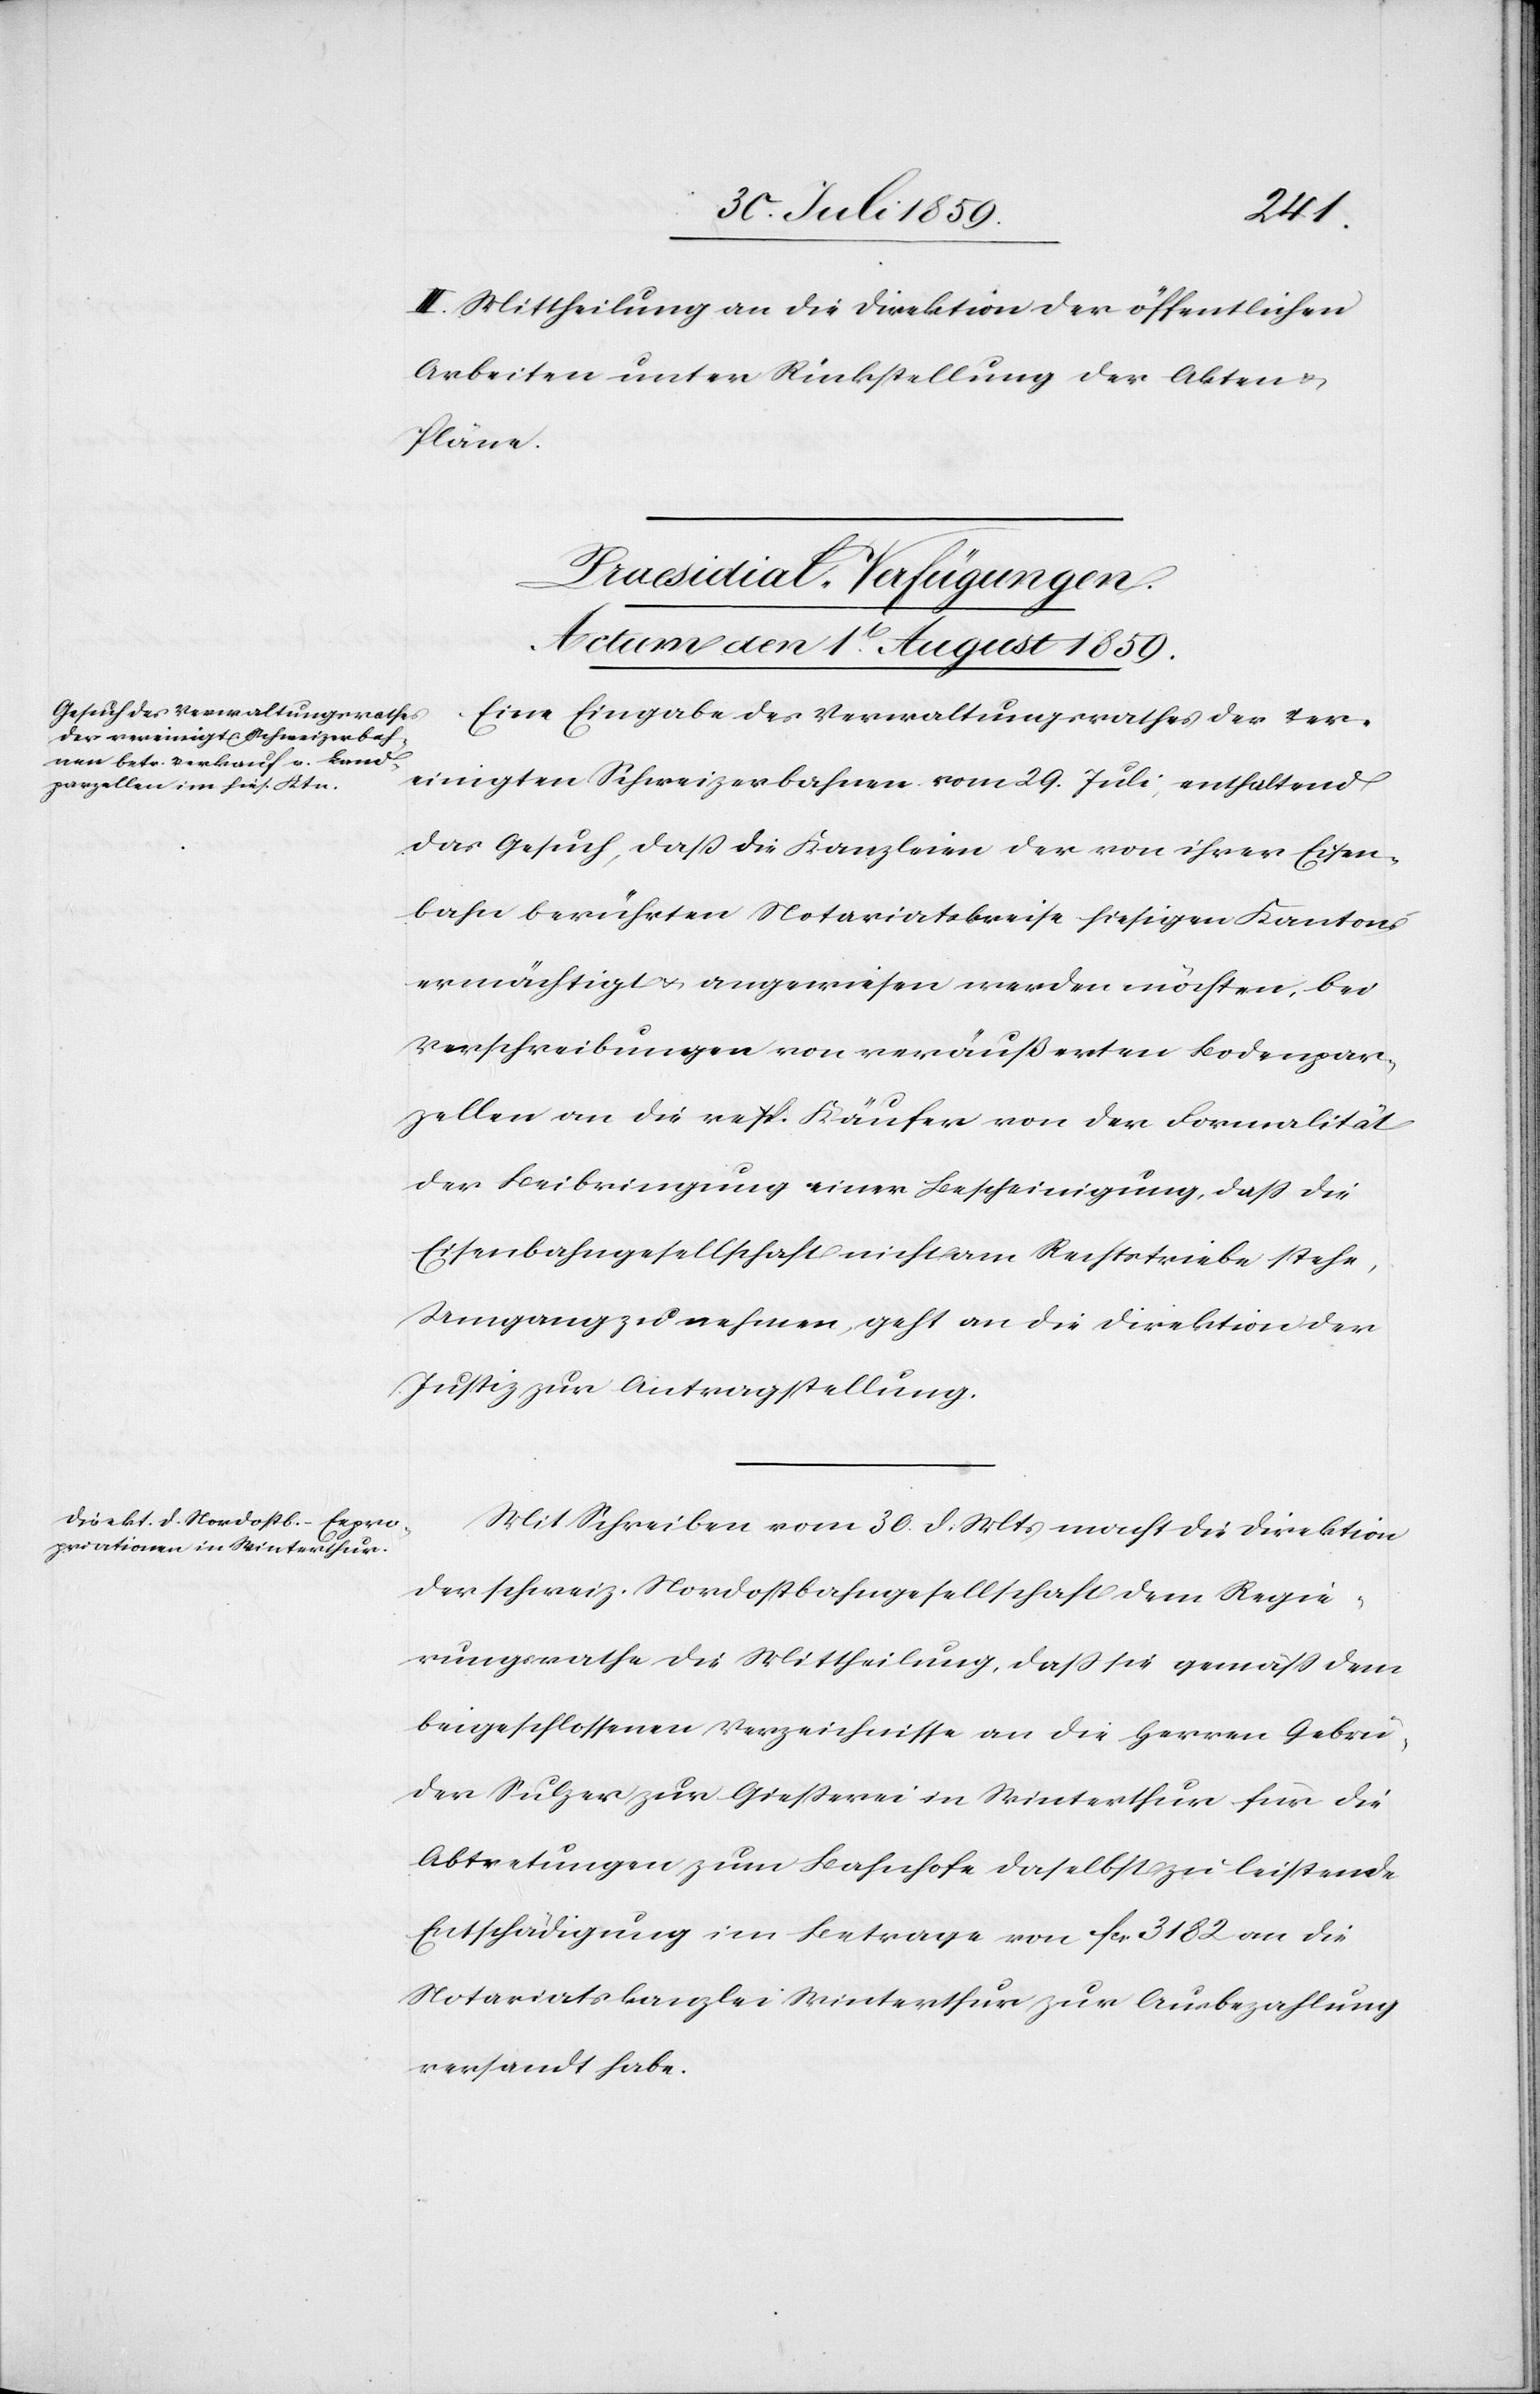
den
III. Mittheilung an die Direktion der öffentlichen
Arbeiten unter Rückstellung der Akten u.
Pläne.
[Praesidial-Verfügungen.
Eine Eingabe des Verwaltungsrathes der Ver¬
einigten Schweizerbahnen vom 29. Juli, enthaltend
das Gesuch, daß die Kanzleien der von ihrer Eisen¬
bahn berührten Notariatskreise hiesigen Kantons
ermächtigt u. angewiesen werden möchten, bei
Verschreibungen von veräußerten Bodenpar¬
zellen an die resp. Käufer von der Formalität
der Beibringung einer Bescheinigung, daß die
Eisenbahngesellschaft nicht am Rechtstriebe stehe,
Umgang zu nehmen, geht an die Direktion der
Justiz zur Antragstellung.
Mit Schreiben vom 30. d. Mts. macht die Direktion
der schweiz. Nordostbahngesellschaft dem Regie¬
rungsrathe die Mittheilung, daß sie gemäß dem
beigeschlossenen Verzeichnisse an die Herren Gebrü¬
der Sulzer zur Gießerei in Winterthur für die
Abtretungen zum Bahnhofe daselbst zu leistende
Entschädigung im Betrage von fcs. 3182 an die
Notariatskanzlei Winterthur zur Ausbezahlung
versandt habe.